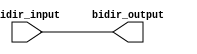
module IO_Bidirectional_Buffer (
    input wire bidir_input,
    output wire bidir_output
);

assign bidir_output = bidir_input;

endmodule